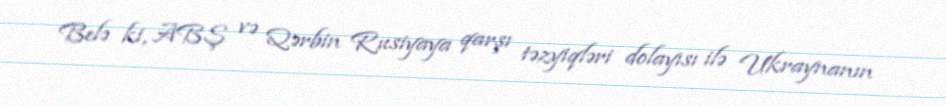
Belə ki, ABŞ və Qərbin Rusiyaya qarşı təzyiqləri dolayısı ilə Ukraynanın